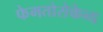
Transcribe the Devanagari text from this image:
फेमतोसेकेन्‍ड